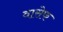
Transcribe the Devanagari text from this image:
वासेफ